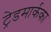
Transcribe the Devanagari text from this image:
ट्रेडमार्कका